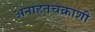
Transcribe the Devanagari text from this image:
अनाहतचक्राशी